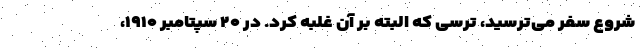
شروع سفر می‌ترسید، ترسی که البته بر آن غلبه کرد. در ۲۰ سپتامبر ۱۹۱۰،